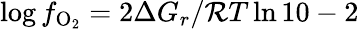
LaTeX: \log f_{\mathrm{O_{2}}}=2\Delta G_{r}/{\cal R}T\ln{10}-2